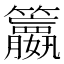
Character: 𥷶